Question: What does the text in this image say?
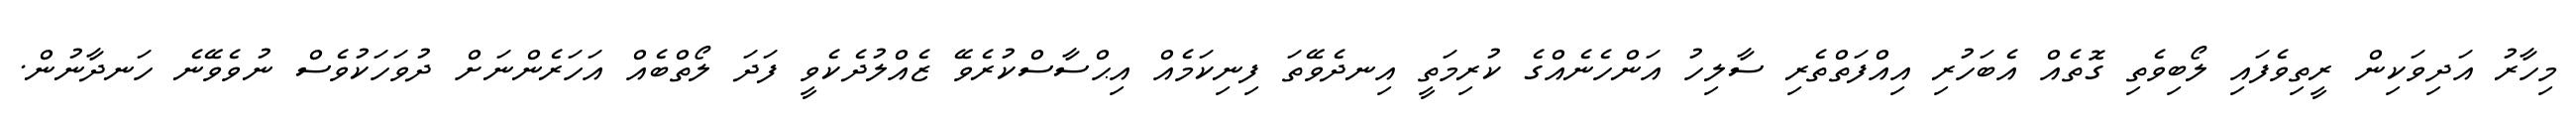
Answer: މިހާރު އަދިވަކިން ރީތިވެފައި ލޯބިވެތި ގޮތެއް އެބަހުރި އިއްފަތްތެރި ސާލިހު އަންހެނެއްގެ ކުރިމަތީ އިނދެވޭތަ ފިނިކަމެއް އިޙްސާސްކުރެވޭ ޒެއްލުދެކެވީ ފަދަ ލޯތްބެއް އަހަރެންނަށް ދުވަހަކުވެސް ނުވެވޭނެ ހަނދާނުން.